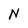
Character: N